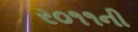
ર૦૧૧ની